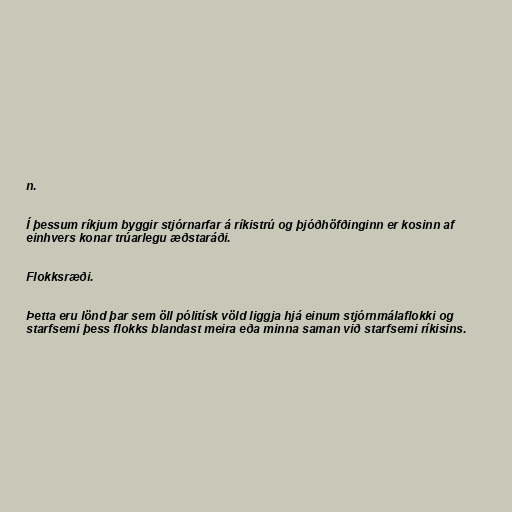
n.

Í þessum ríkjum byggir stjórnarfar á ríkistrú og þjóðhöfðinginn er kosinn af
einhvers konar trúarlegu æðstaráði.

Flokksræði.

Þetta eru lönd þar sem öll pólitísk völd liggja hjá einum stjórnmálaflokki og
starfsemi þess flokks blandast meira eða minna saman við starfsemi ríkisins.